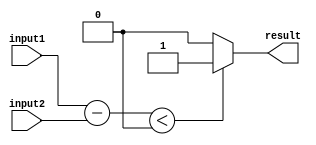
module less_than_comparator (
    input [7:0] input1,
    input [7:0] input2,
    output result
);

reg [7:0] result_temp;

always @(*)
begin
    result_temp = input1 - input2;
    if(result_temp < 0)
        result = 1;
    else
        result = 0;
end

endmodule